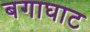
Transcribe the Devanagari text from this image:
बगाघाट